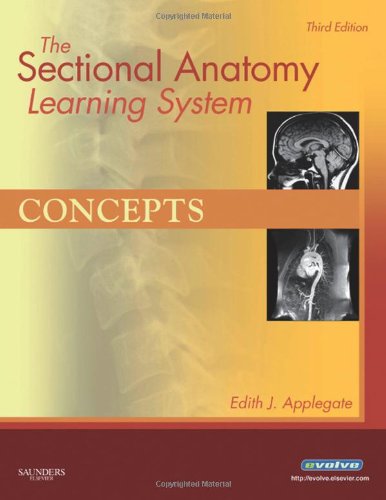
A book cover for The Sectional Anatomy Learning System: Concepts and Applications 2-Volume Set, 3e; Edith Applegate MS; Medical Books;